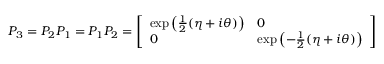
P _ { 3 } = P _ { 2 } P _ { 1 } = P _ { 1 } P _ { 2 } = { \left[ \begin{array} { l l } { \exp \left( { \frac { 1 } { 2 } } ( \eta + i \theta ) \right) } & { 0 } \\ { 0 } & { \exp \left( - { \frac { 1 } { 2 } } ( \eta + i \theta ) \right) } \end{array} \right] }